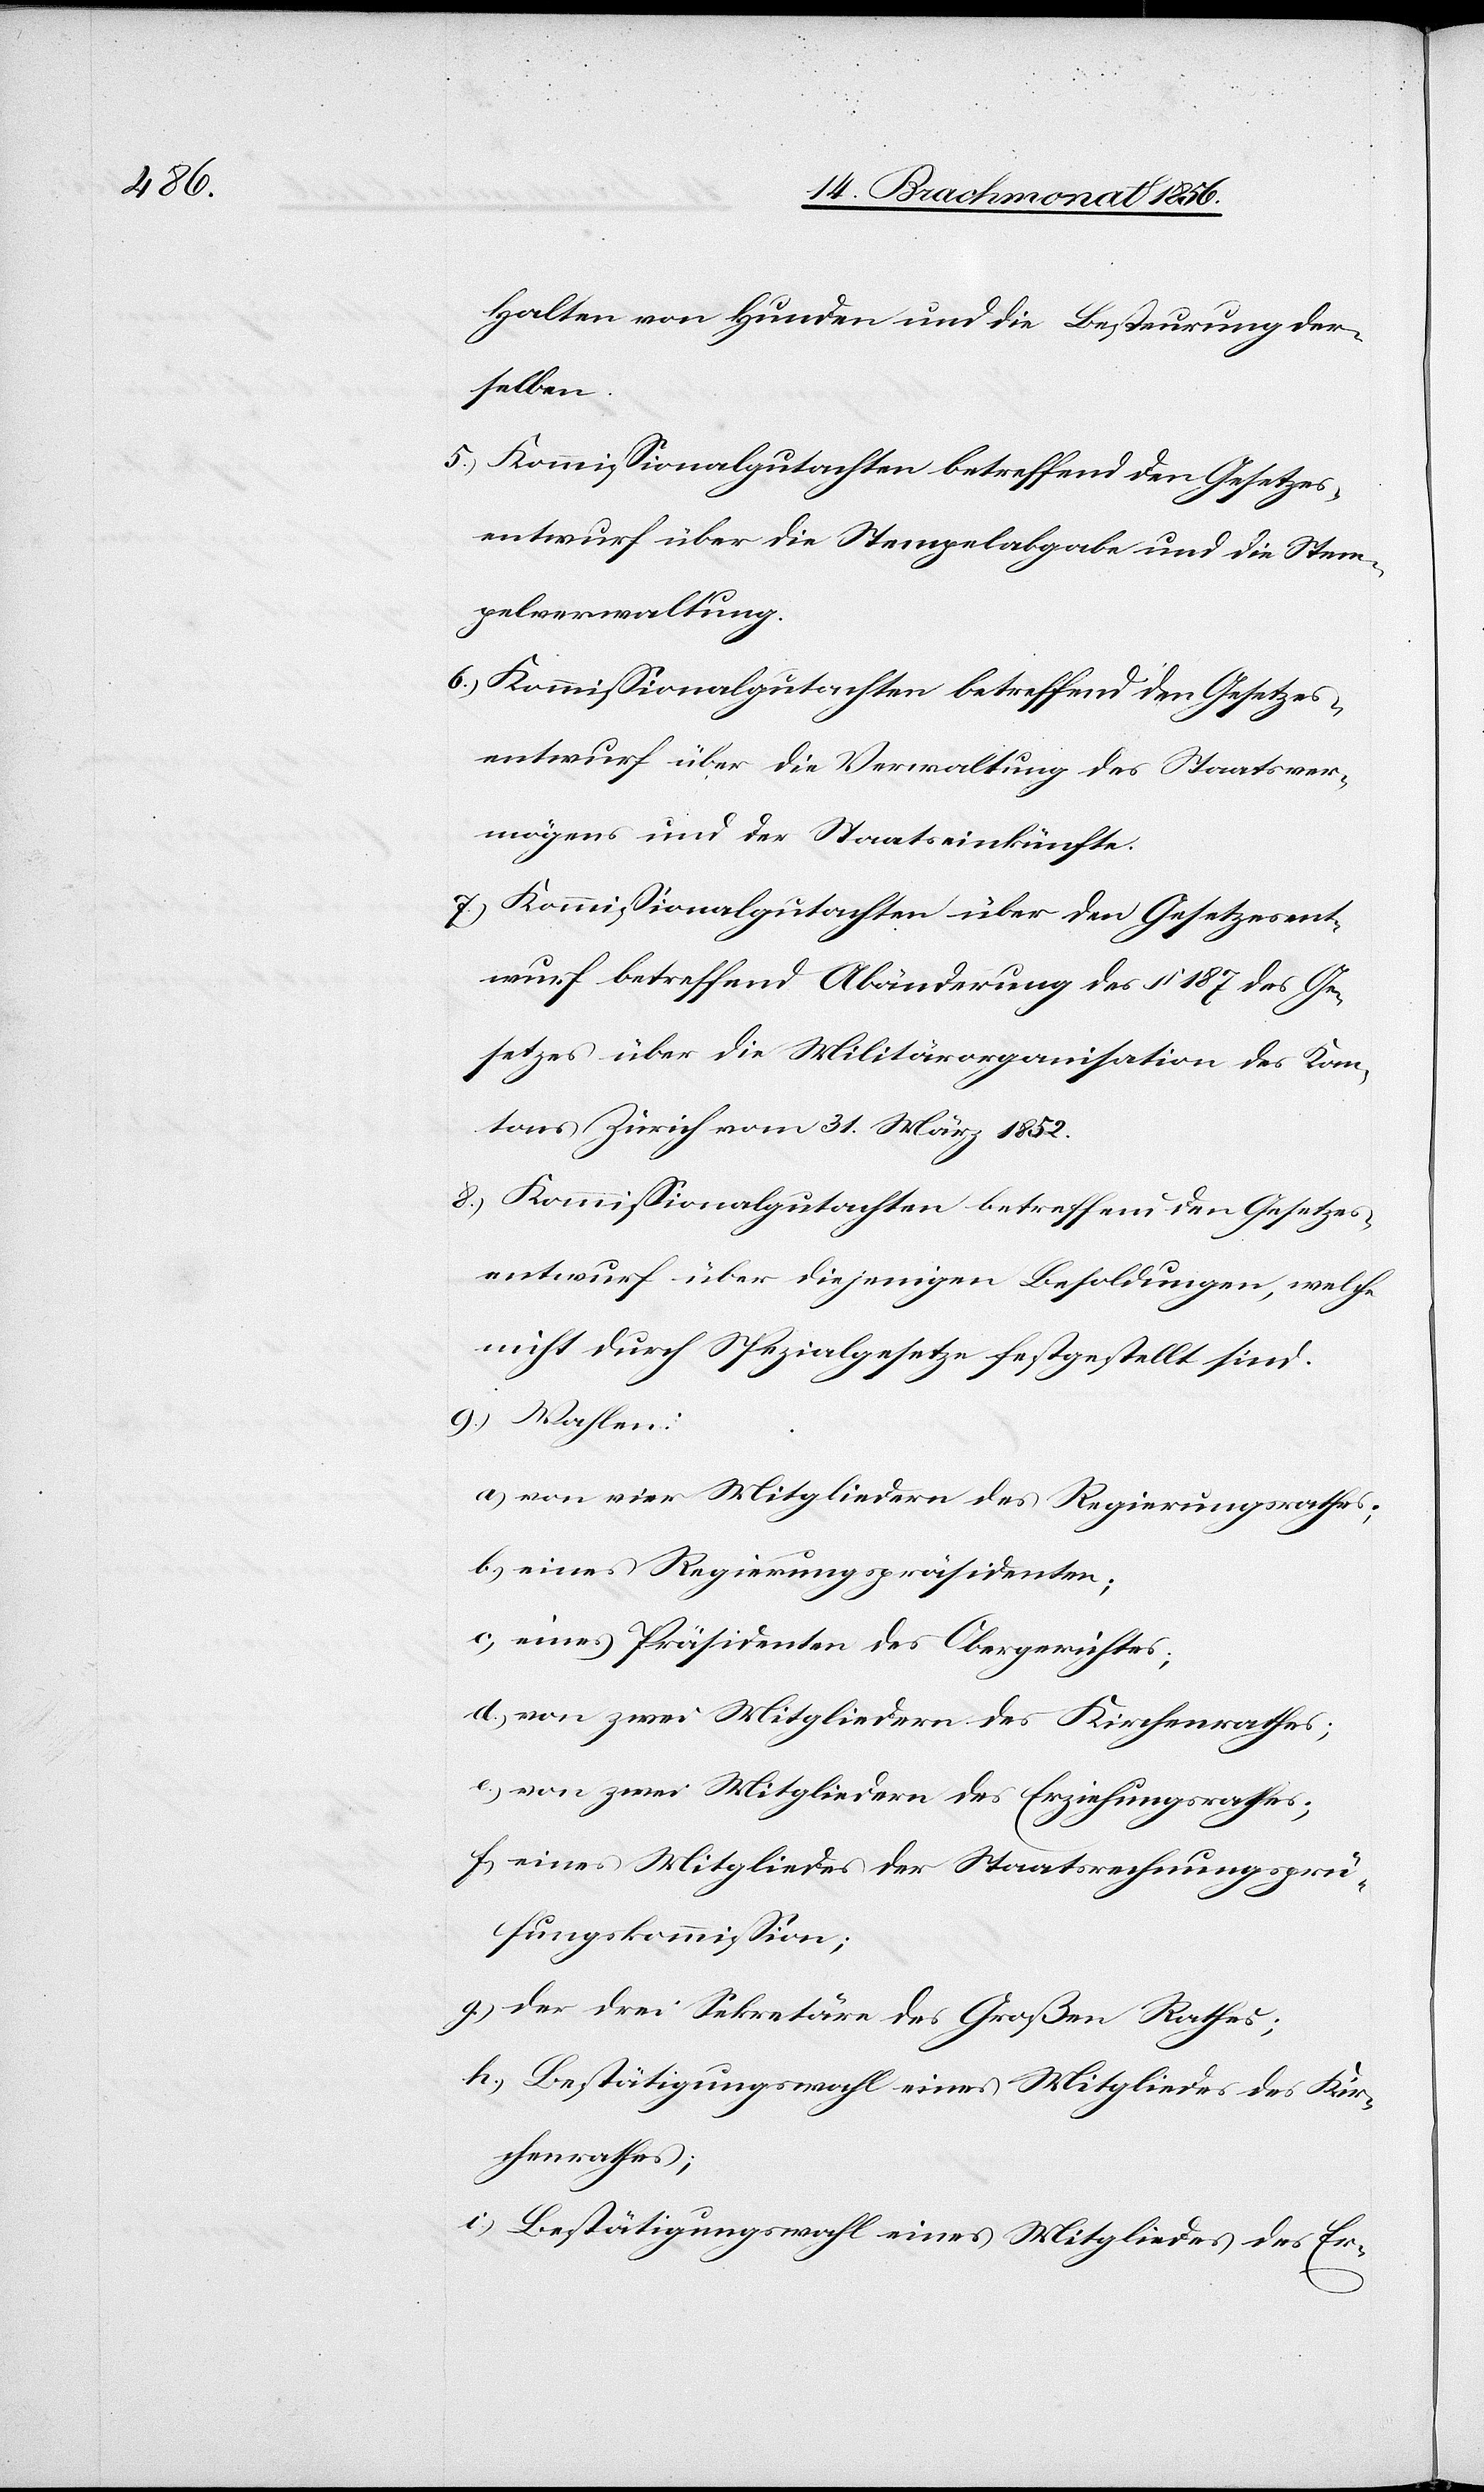
Halten von Hunden und die Besteurung der¬
selben.
5.) Kommissionalgutachten betreffend den Gesetzes¬
entwurf über die Stempelabgabe und die Stem¬
pelverwaltung.
6.) Kommissionalgutachten betreffend den Gesetzes¬
entwurf über die Verwaltung des Staatsver¬
mögens und der Staatseinkünfte.
7.) Kommissionalgutachten über den Gesetzesent¬
wurf betreffend Abänderung des § 187 des Ge¬
setzes über die Militärorganisation des Kan¬
tons Zürich vom 31. März 1852.
8.) Kommissionalgutachten betreffend den Gesetzes¬
entwurf über diejenigen Besoldungen, welche
nicht durch Spezialgesetze festgestellt sind.
9.) Wahlen:
a.) von vier Mitgliedern des Regierungsrathes;
b.) eines Regierungspräsidenten;
c.) eines Präsidenten des Obergerichtes;
d.) von zwei Mitgliedern des Kirchenrathes;
e.) von zwei Mitgliedern des Erziehungsrathes;
f.) eines Mitgliedes der Staatsrechnungsprü¬
fungskommission;
g.) der drei Sekretäre des Großen Rathes;
h.) Bestätigungswahl eines Mitgliedes des Kir¬
chenrathes;
i.) Bestätigungswahl eines Mitgliedes des Er-